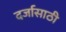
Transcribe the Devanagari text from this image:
दर्जासाठी